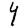
Digit: 4